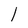
Character: 1